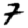
Digit: 7